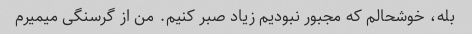
بله، خوشحالم که مجبور نبودیم زیاد صبر کنیم. من از گرسنگی میمیرم